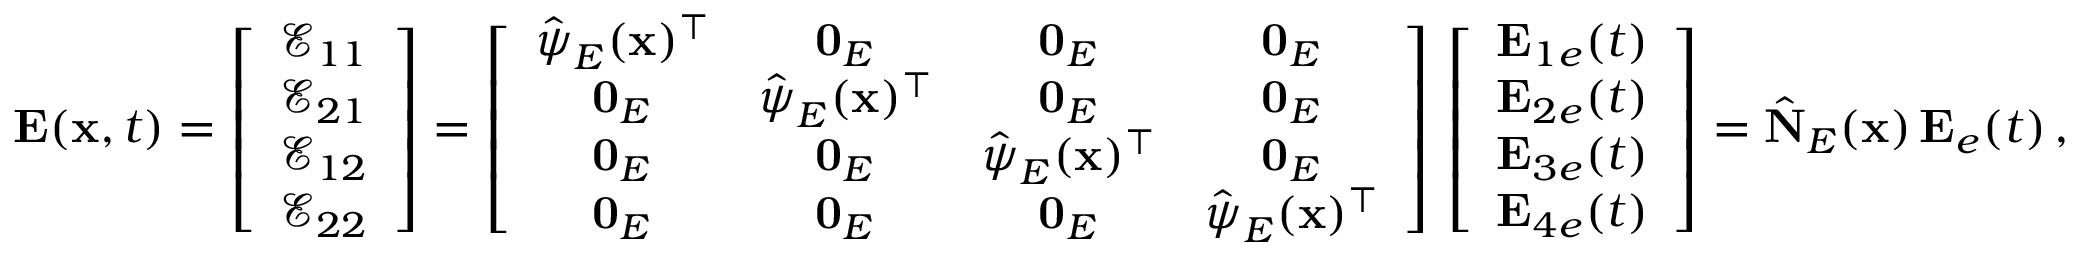
\begin{array} { r } { { \bf E } ( { \bf x } , t ) = \left[ \begin{array} { c } { \mathcal { E } _ { 1 1 } } \\ { \mathcal { E } _ { 2 1 } } \\ { \mathcal { E } _ { 1 2 } } \\ { \mathcal { E } _ { 2 2 } } \end{array} \right] = \left[ \begin{array} { c c c c } { \hat { \boldsymbol { \psi } } _ { E } ( { \bf x } ) ^ { \top } } & { { \bf 0 } _ { E } } & { { \bf 0 } _ { E } } & { { \bf 0 } _ { E } } \\ { { \bf 0 } _ { E } } & { \hat { \boldsymbol { \psi } } _ { E } ( { \bf x } ) ^ { \top } } & { { \bf 0 } _ { E } } & { { \bf 0 } _ { E } } \\ { { \bf 0 } _ { E } } & { { \bf 0 } _ { E } } & { \hat { \boldsymbol { \psi } } _ { E } ( { \bf x } ) ^ { \top } } & { { \bf 0 } _ { E } } \\ { { \bf 0 } _ { E } } & { { \bf 0 } _ { E } } & { { \bf 0 } _ { E } } & { \hat { \boldsymbol { \psi } } _ { E } ( { \bf x } ) ^ { \top } } \end{array} \right] \, \left[ \begin{array} { c } { { \bf E } _ { 1 e } ( t ) } \\ { { \bf E } _ { 2 e } ( t ) } \\ { { \bf E } _ { 3 e } ( t ) } \\ { { \bf E } _ { 4 e } ( t ) } \end{array} \right] = \hat { \bf N } _ { E } ( { \bf x } ) \, { \bf E } _ { e } ( t ) \, , } \end{array}